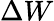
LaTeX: \Delta W